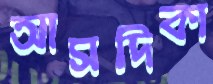
আসদিকা